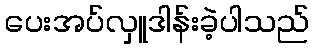
ပေးအပ်လှူဒါန်းခဲ့ပါသည်